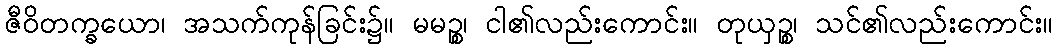
ဇီဝိတက္ခယော၊ အသက်ကုန်ခြင်း၌။ မမဉ္စ၊ ငါ၏လည်းကောင်း။ တုယှဉ္စ၊ သင်၏လည်းကောင်း။